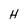
Character: H